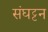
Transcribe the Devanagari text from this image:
संघट्टन